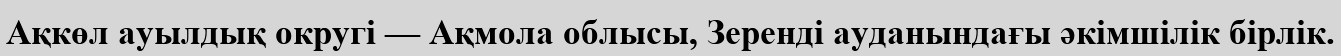
Ақкөл ауылдық округі — Ақмола облысы, Зеренді ауданындағы әкімшілік бірлік.